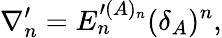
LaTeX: \nabla_{n}^{\prime}=E_{n}^{\prime(A)_{n}}(\delta_{A})^{n},